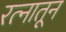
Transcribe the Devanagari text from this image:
रत्‍नातून